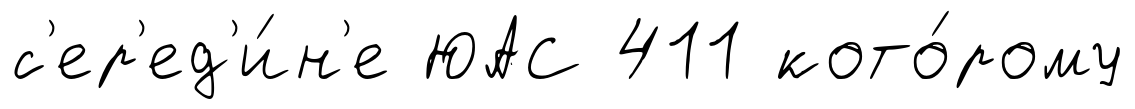
с'ер'ед'и́н'е ЮАС 411 кото́рому